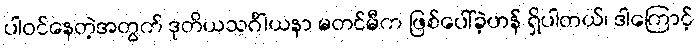
ပါဝင်နေတဲ့အတွက် ဒုတိယသင်္ဂါယနာ မတင်မီက ဖြစ်ပေါ်ခဲ့ဟန် ရှိပါတယ်၊ ဒါကြောင့်